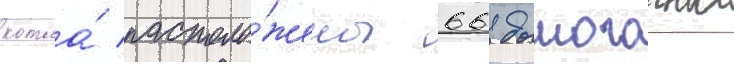
котла́ располо́жены 66 дымогарных